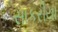
સાકરીયા